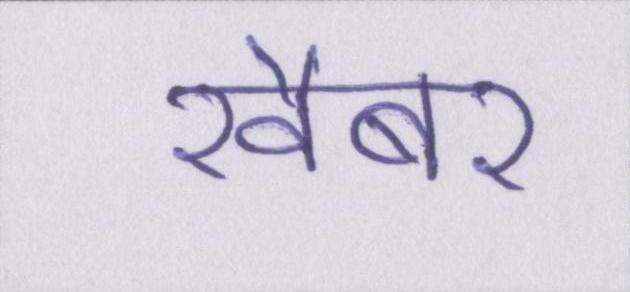
खैबर